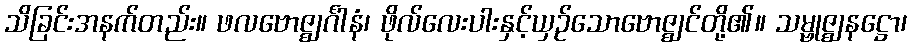
သိခြင်းအနက်တည်း။ ဖလဗောဇ္ဈင်္ဂါနံ၊ ဖိုလ်လေးပါးနှင့်ယှဉ်သောဗောဇ္ဈင်တို့၏။ သမ္ဗုဇ္ဈနဋ္ဌော၊